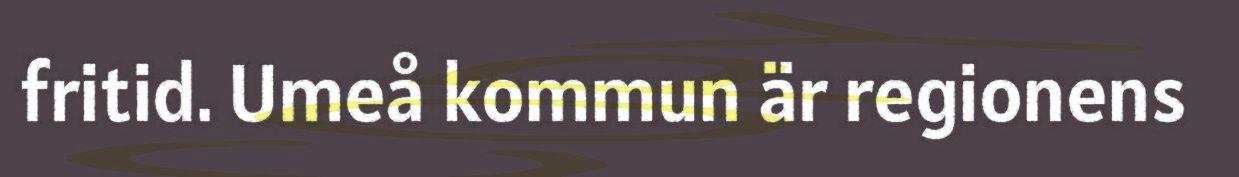
fritid. Umeå kommun är regionens